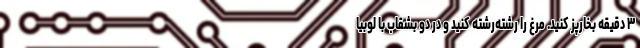
۳ دقیقه بخارپز کنید. مرغ را رشته‌رشته کنید و در دو بشقاب با لوبیا